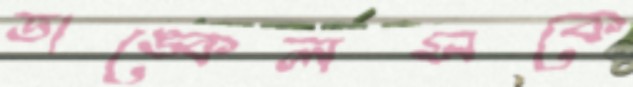
ডাঙ্কেলসকে